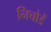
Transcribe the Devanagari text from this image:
निचोडें